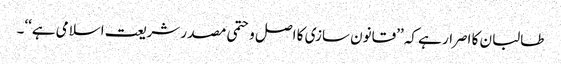
طالبان کا اصرار ہے کہ ’’قانون سازی کا اصل وحتمی مصدر شریعت اسلامی ہے‘‘۔